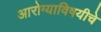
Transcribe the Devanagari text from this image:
आरोग्याविषयीचे